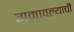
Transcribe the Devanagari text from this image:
गमावल्याची